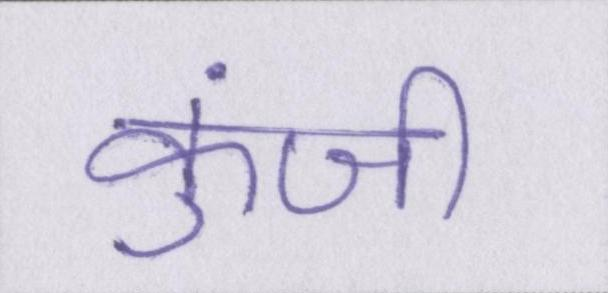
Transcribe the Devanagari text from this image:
कुंजी